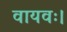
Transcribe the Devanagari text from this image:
वायवः।